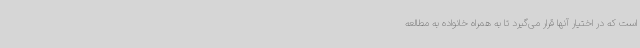
است که در اختیار آنها قرار می‌گیرد تا به ‌همراه خانواده به مطالعه